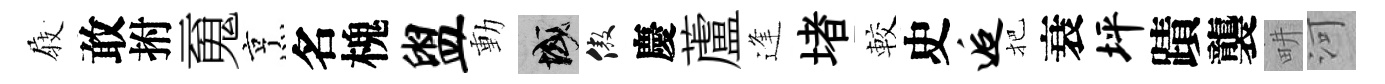
𡲆敢拊䰟烹名槐盥動域傲慶蘆逢堵較史逅把衰坪蹟襲畊河